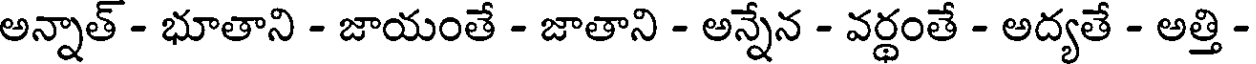
అన్నాత్ - భూతాని - జాయంతే - జాతాని - అన్నేన - వర్థంతే - అద్యతే - అత్తి -